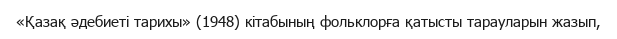
«Қазақ әдебиеті тарихы» (1948) кітабының фольклорға қатысты тарауларын жазып,